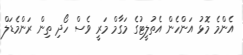
އެންމެ މޮޅު އަންހެން އެތުލީޓުގެ މަގާމް މަރީ ވެސް ހޯދި ތިން ރަންމެޑަލް